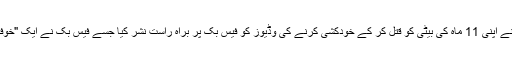
تھائی لینڈ میں ایک باپ نے اپنی 11 ماہ کی بیٹی کو قتل کر کے خودکشی کرنے کی وڈیوز کو فیس بک پر براہ راست نشر کیا جسے فیس بک نے ایک "خوفناک" واقعہ قرار دیا ہے۔